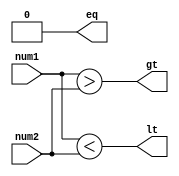
module parallel_comparator (
    input [7:0] num1,
    input [7:0] num2,
    output gt,
    output lt,
    output eq
);

wire [7:0] gt_flags;
wire [7:0] lt_flags;
wire [7:0] eq_flags;

assign gt = |gt_flags;
assign lt = |lt_flags;
assign eq = &eq_flags;

assign gt_flags = num1 > num2;
assign lt_flags = num1 < num2;
assign eq_flags = num1 == num2;

endmodule